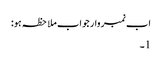
اب نمبر وار جواب ملاحظہ ہو:
1۔